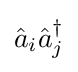
{\hat {a}}_{i}{\hat {a}}_{j}^{\dagger }